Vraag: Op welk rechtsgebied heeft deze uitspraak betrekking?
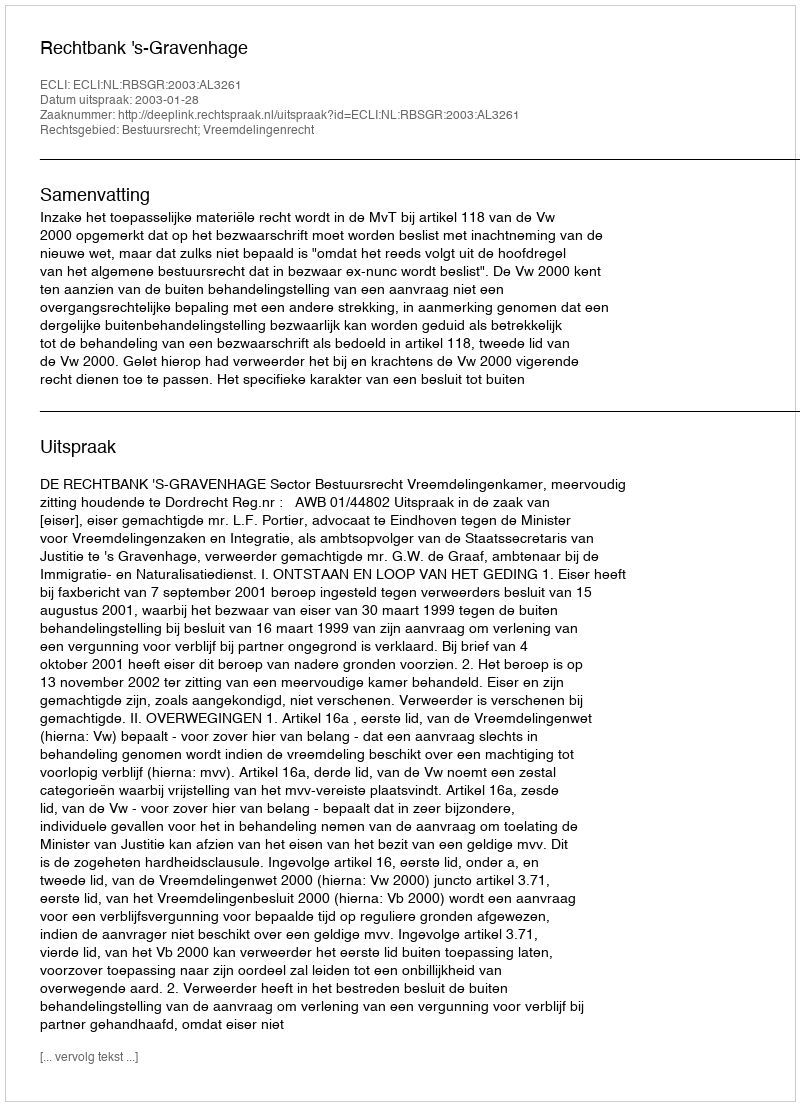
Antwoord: Bestuursrecht; Vreemdelingenrecht